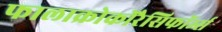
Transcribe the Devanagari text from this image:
फालाक्रोकोरैसिफॉर्म्स